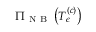
\Pi _ { \mathrm { ~ N ~ B ~ } } \left( T _ { \epsilon } ^ { \left( c \right) } \right)